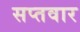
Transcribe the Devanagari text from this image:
सप्तवार